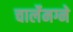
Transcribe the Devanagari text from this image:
चार्लेमग्ने